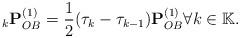
LaTeX: \begin{align*}{}_k{\mathbf{P}}_{OB}^{(1)} = \frac{1}{2}({\tau _k} - {\tau _{k - 1}}){\mathbf{P}}_{OB}^{(1)}\forall k \in \mathbb{K}.\end{align*}